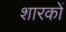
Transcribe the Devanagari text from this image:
शारकों